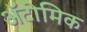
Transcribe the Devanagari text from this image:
ॲटोमिक